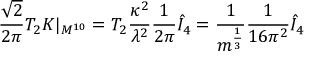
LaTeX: \frac { \sqrt { 2 } } { 2 \pi } T _ { 2 } K | _ { M ^ { 1 0 } } = T _ { 2 } \frac { \kappa ^ { 2 } } { \lambda ^ { 2 } } \frac { 1 } { 2 \pi } \hat { I } _ { 4 } = \frac { 1 } { m ^ { \frac { 1 } { 3 } } } \frac { 1 } { 1 6 \pi ^ { 2 } } \hat { I } _ { 4 }